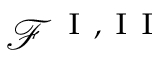
\mathcal { F } ^ { \mathrm { ~ I ~ } , \mathrm { ~ I ~ I ~ } }